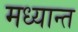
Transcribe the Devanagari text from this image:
मध्यान्त